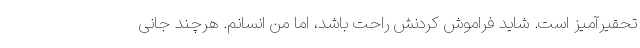
تحقیرآمیز است. شاید فراموش کردنش راحت باشد، اما من انسانم. هرچند جانی